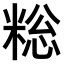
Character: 𫃄